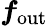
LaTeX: \boldsymbol{f}_{\mathrm{out}}